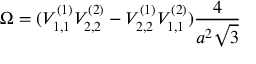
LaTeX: \Omega = ( { \cal V } _ { 1 , 1 } ^ { ( 1 ) } { \cal V } _ { 2 , 2 } ^ { ( 2 ) } - { \cal V } _ { 2 , 2 } ^ { ( 1 ) } { \cal V } _ { 1 , 1 } ^ { ( 2 ) } ) \frac { 4 } { a ^ { 2 } \sqrt { 3 } }